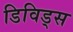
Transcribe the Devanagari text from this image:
डिविड्स